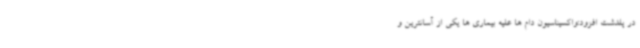
در پلدشت افزود:واکسیناسیون دام ها علیه بیماری ها یکی از آسانترین و